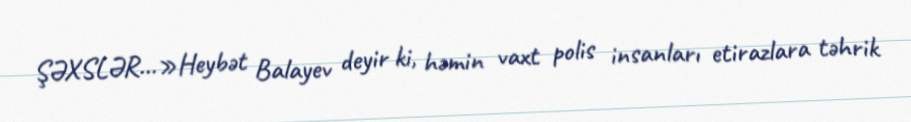
ŞƏXSLƏR...»Heybət Balayev deyir ki, həmin vaxt polis insanları etirazlara təhrik